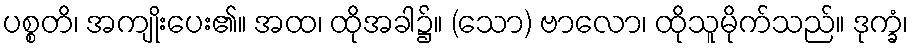
ပစ္စတိ၊ အကျိုးပေး၏။ အထ၊ ထိုအခါ၌။ (သော) ဗာလော၊ ထိုသူမိုက်သည်။ ဒုက္ခံ၊